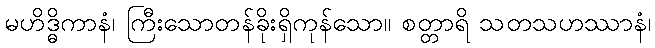
မဟိဒ္ဓိကာနံ၊ ကြီးသောတန်ခိုးရှိကုန်သော။ စတ္တာရိ သတသဟဿာနံ၊